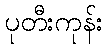
ပုတီးကုန်း